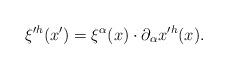
LaTeX: \begin{align*}\xi'^h(x')=\xi^{\alpha}(x)\cdot\partial_{\alpha}x'^h(x).\end{align*}